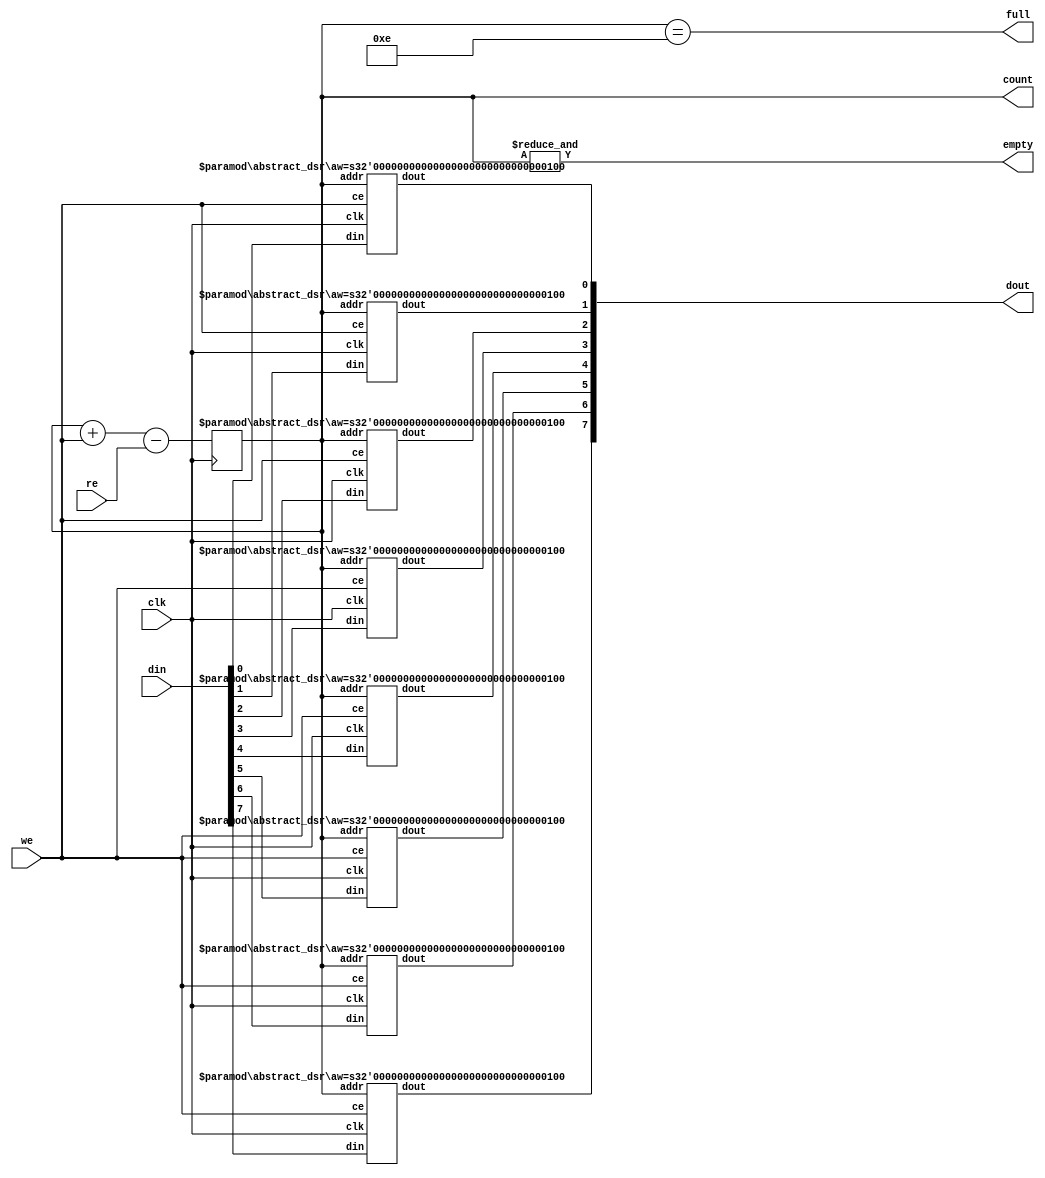
// Short (2-32 long) FIFO meant to be efficiently implemented with
// Xilinx SRL16E or similar
// Except for the unified clock and the count output port,
// this is pin-compatible with ordinary fifo.v

`timescale 1ns / 1ns

module shortfifo #(
	parameter dw=8,
	parameter aw=4
) (
	// require single clock domain
	input clk,
	// input port
	input [dw-1:0] din,
	input we,
	// output port
	output [dw-1:0] dout,
	input re,
	// status
	output full,
	output empty,
	output [aw-1:0] count  // -1 == empty, -2 == full
);

reg [aw-1:0] raddr=~0;
genvar ix;
generate for (ix=0; ix<dw; ix=ix+1) begin: bit_slice
	abstract_dsr #(.aw(aw)) srl(.clk(clk), .ce(we), .addr(raddr),
		.din(din[ix]), .dout(dout[ix]) );
end endgenerate

parameter len = 1 << aw;
always @(posedge clk) raddr <= raddr + we - re;
assign full = raddr == len-2;
assign empty = &raddr;
assign count = raddr;

endmodule

// should infer as a single SRL16E, SRL32E, ...
// See "Dynamic Shift Registers Verilog Coding Example" in UG687
module abstract_dsr #(
	parameter aw=4
) (
	input clk,
	input ce,
	input din,
	input [aw-1:0] addr,
	output dout
);
parameter len = 1 << aw;
reg [len-1:0] sr=0;
always @(posedge clk) if (ce) sr <= {sr[len-2:0],din};
assign dout = sr[addr];
endmodule